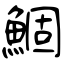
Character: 鯝